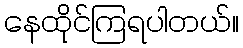
နေထိုင်ကြရပါတယ်။